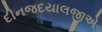
દીનજદયાલજીએ